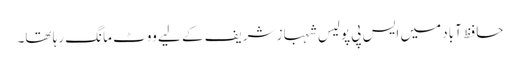
حافظ آباد میں ایس پی پولیس شہباز شریف کے لیے ووٹ مانگ رہا تھا۔